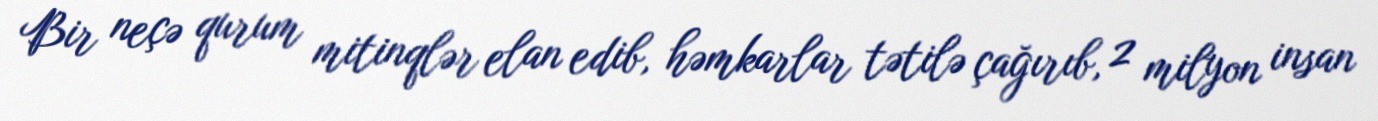
Bir neçə qurum mitinqlər elan edib, həmkarlar tətilə çağırıb, 2 milyon insan